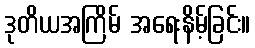
ဒုတိယအကြိမ် အရေးနိမ့်ခြင်း။